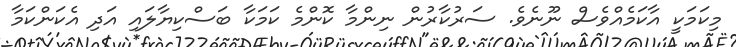
މިކަމަކީ އާކަމެއްވެސް ނޫނެވެ. ސަރުކާރުން ނިންމާ ކޮންމެ ކަމަކާ ބަސްކިޔާލައި އަދި އެކަންކަމާ